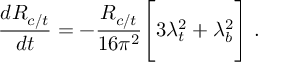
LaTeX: { \frac { d R _ { c / t } } { d t } } = - { \frac { R _ { c / t } } { 1 6 \pi ^ { 2 } } } \Bigg [ 3 \lambda _ { t } ^ { 2 } + \lambda _ { b } ^ { 2 } \Bigg ] \; .